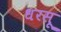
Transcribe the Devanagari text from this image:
धरसू